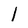
Character: 1